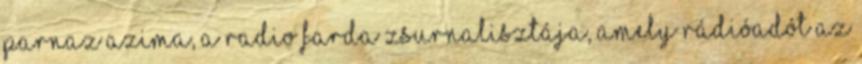
Parnaz Azima, a Radio Farda zsurnalisztája, amely rádióadót az